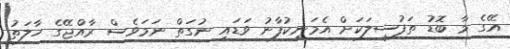
އޭގެ މާ ބޮޑު ތަފުސީލަކަށް އެމަނިކުފާނު ވަޑައި ނުގަތް ނަމަވެސް ރާއްޖޭގެ ހާލަތު